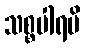
သစ္စပါရမိ